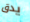
يدق